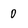
Character: 0